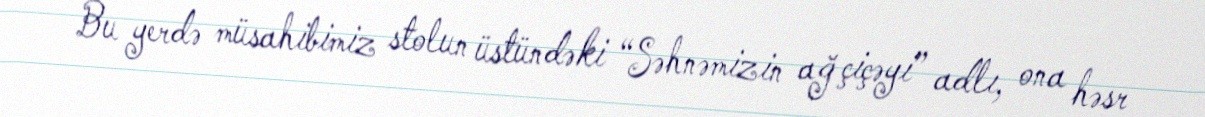
Bu yerdə müsahibimiz stolun üstündəki “Səhnəmizin ağ çiçəyi” adlı, ona həsr